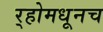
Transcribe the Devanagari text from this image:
र्‍होमधूनच